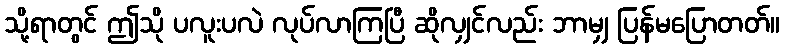
သို့ရာတွင် ဤသို ပလူးပလဲ လုပ်လာကြပြီ ဆိုလျှင်လည်း ဘာမျှ ပြန်မပြောတတ်။